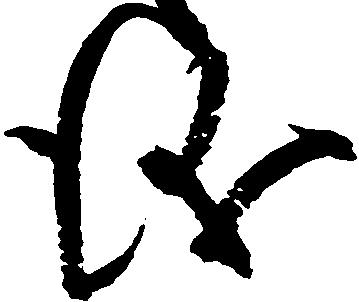
儀